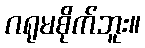
ဂရုမစိုက်ဘူး။